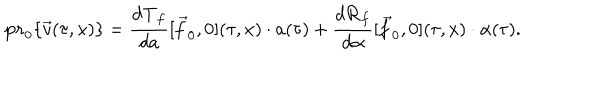
{ \bf p r } _ { 0 } \{ \vec { v } ( \tau , x ) \} = \frac { d { \bf T } _ { f } } { d a } [ \vec { f } _ { 0 } , 0 ] ( \tau , x ) \cdot a ( \tau ) + \frac { d { \bf R } _ { f } } { d \alpha } [ \vec { f } _ { 0 } , 0 ] ( \tau , x ) \cdot \alpha ( \tau ) .